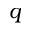
q